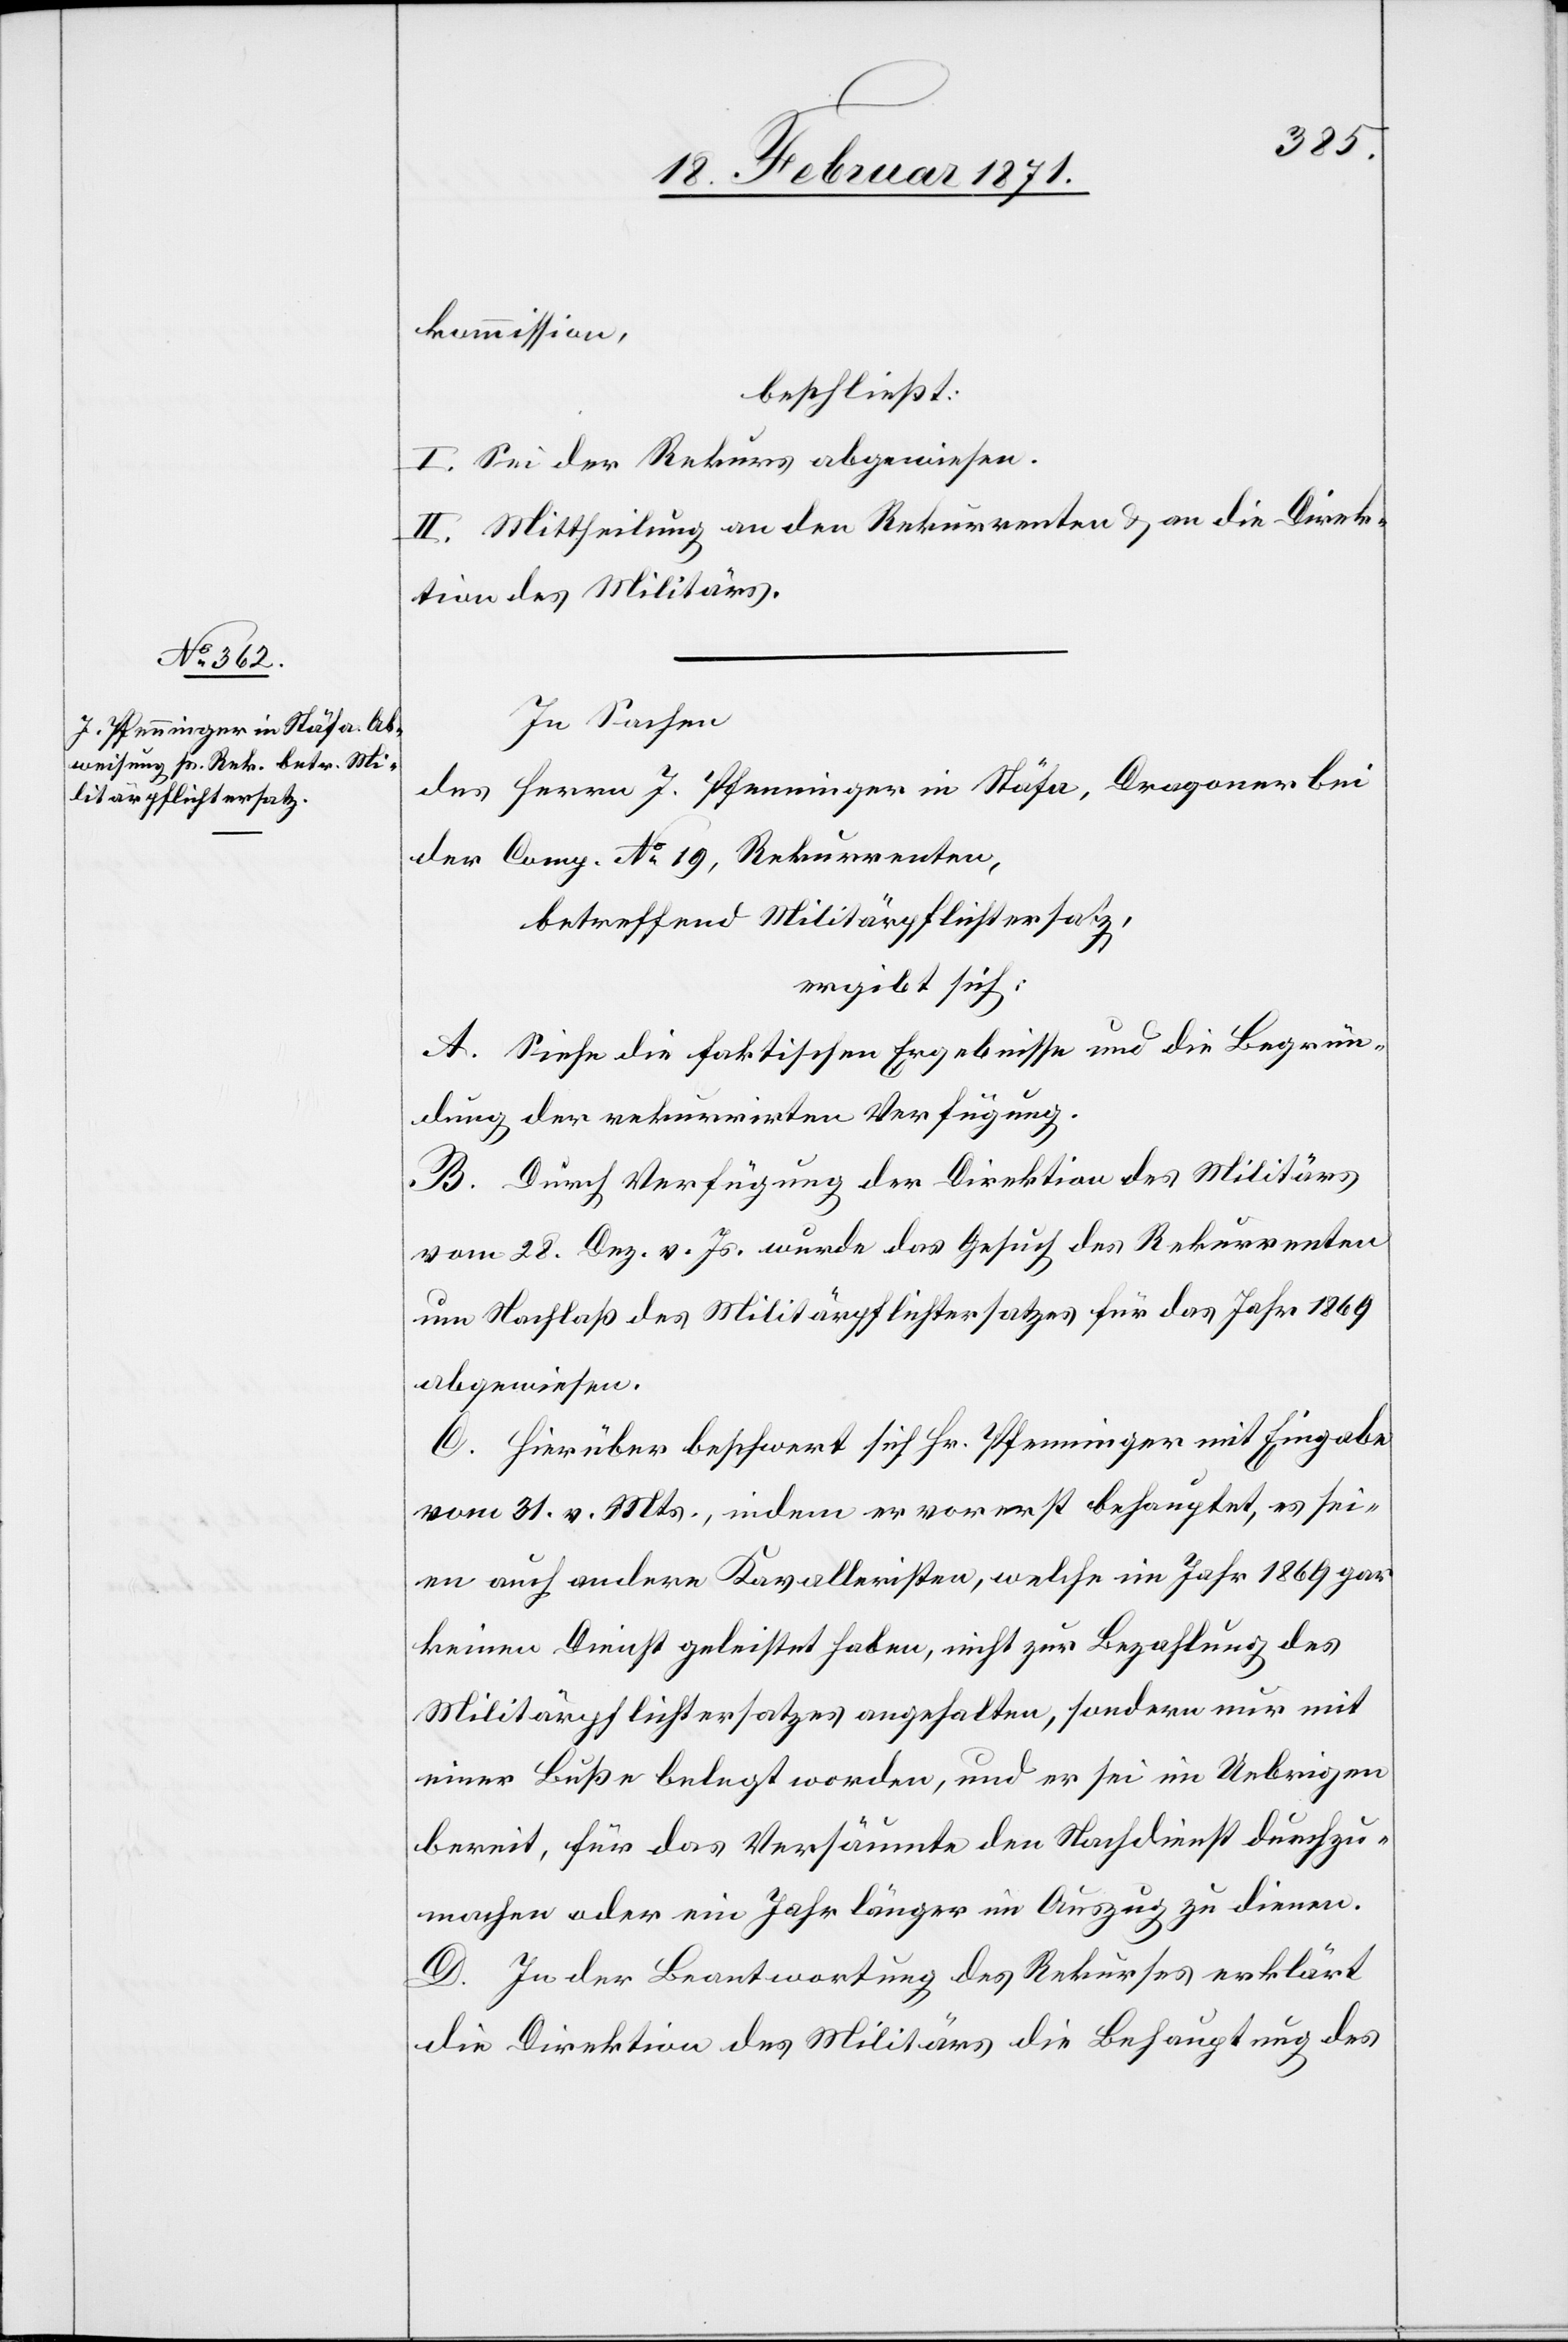
kommission,
beschließt:
I. Sei der Rekurs abgewiesen.
II. Mittheilung an den Rekurrenten u. an die Direk¬
tion des Militärs.
In Sachen
des Herrn J. Pfenninger in Stäfa, Dragoner bei
der Comp. No. 19, Rekurrenten,
betreffend Militärpflichtersatz,
ergibt sich:
A. Siehe die faktischen Ergebnisse und die Begrün¬
dungen der rekurrirten Verfügung.
B. Durch Verfügung der Direktion des Militärs
vom 28. Dez. v. Js. wurde das Gesuch des Rekurrenten
um Nachlaß des Militärpflichtersatzes für das Jahr 1869
abgewiesen.
C. Hierüber beschwert sich Hr. Pfenninger mit Eingabe
vom 31. v. Mts., indem er vorerst behauptet, es sei¬
en auch andere Kavalleristen, welche im Jahr 1869 gar
keinen Dienst geleistet haben, nicht zur Bezahlung des
Militärpflichtersatzes angehalten, sondern nur mit
einer Buße belegt worden, und er sei im Uebrigen
bereit, für das Versäumte den Nachdienst durchzu¬
machen oder ein Jahr länger im Auszug zu dienen.
D. In der Beantwortung des Rekurses erklärt
die Direktion des Militärs die Behauptung des